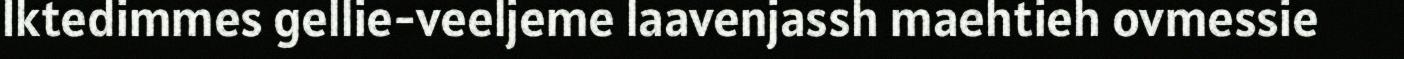
Iktedimmes gellie-veeljeme laavenjassh maehtieh ovmessie